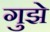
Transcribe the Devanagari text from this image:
गुझे